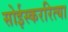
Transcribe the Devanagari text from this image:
सोईस्कररित्या